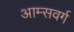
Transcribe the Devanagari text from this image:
आम्सवर्ग